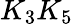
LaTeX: K_{3}K_{5}